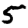
Digit: 5